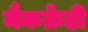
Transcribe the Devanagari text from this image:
मैकक्रेडी